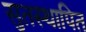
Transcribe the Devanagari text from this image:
सुतस्थापित